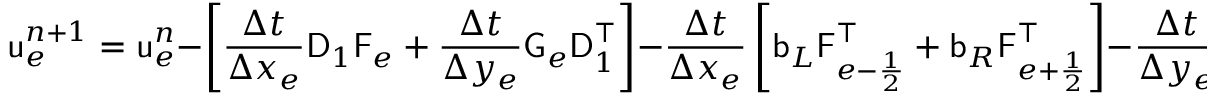
\mathsf { u } _ { e } ^ { n + 1 } = \mathsf { u } _ { e } ^ { n } - \left[ \frac { \Delta t } { \Delta x _ { e } } \mathsf { D } _ { 1 } \mathsf { F } _ { e } + \frac { \Delta t } { \Delta y _ { e } } \mathsf { G } _ { e } \mathsf { D } _ { 1 } ^ { \top } \right] - \frac { \Delta t } { \Delta x _ { e } } \left[ \mathsf { b } _ { L } \mathsf { F } _ { e - \frac { 1 } { 2 } } ^ { \top } + \mathsf { b } _ { R } \mathsf { F } _ { e + \frac { 1 } { 2 } } ^ { \top } \right] - \frac { \Delta t } { \Delta y _ { e } } \left[ \mathsf { G } _ { e - \frac { 1 } { 2 } } \mathsf { b } _ { L } ^ { \top } + \mathsf { G } _ { e + \frac { 1 } { 2 } } \mathsf { b } _ { R } ^ { \top } \right]